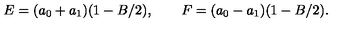
E = ( a _ { 0 } + a _ { 1 } ) ( 1 - B / 2 ) , \qquad F = ( a _ { 0 } - a _ { 1 } ) ( 1 - B / 2 ) .